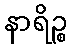
နာရိဉ္စ